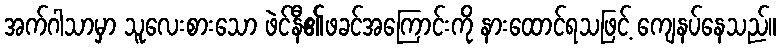
အက်ဂါသာမှာ သူလေးစားသော ဖဲင်နီ၏ဖခင်အကြောင်းကို နားထောင်ရသဖြင့် ကျေနပ်နေသည်။